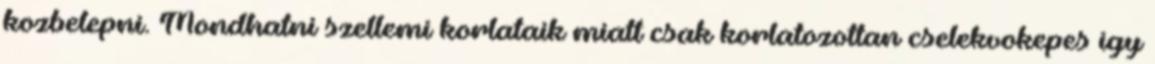
kozbelepni. Mondhatni szellemi korlataik miatt csak korlatozottan cselekvokepes igy